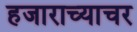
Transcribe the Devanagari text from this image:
हजाराच्याचर